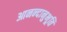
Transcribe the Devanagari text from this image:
आनन्‍दानुभूति